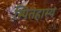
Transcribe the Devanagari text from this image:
स्पितहास्य